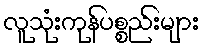
လူသုံးကုန်ပစ္စည်းများ